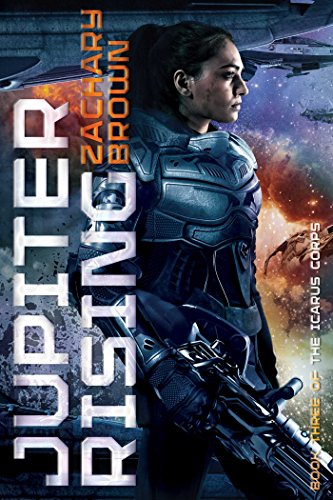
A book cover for Jupiter Rising (The Icarus Corps); Zachary Brown; Science Fiction & Fantasy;